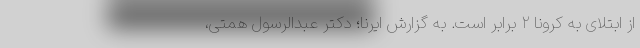
از ابتلای به کرونا ۲ برابر است. به گزارش ایرنا؛ دکتر عبدالرسول همتی،